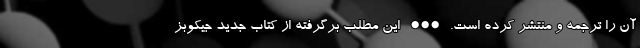
آن را ترجمه و منتشر کرده است. ••• این مطلب برگرفته از کتاب جدید جیکوبز